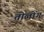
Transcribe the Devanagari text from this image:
तोलोंग